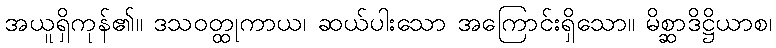
အယူရှိကုန်၏။ ဒသဝတ္ထုကာယ၊ ဆယ်ပါးသော အကြောင်းရှိသော။ မိစ္ဆာဒိဋ္ဌိယာစ၊